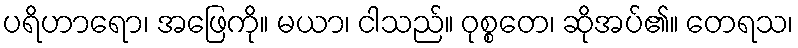
ပရိဟာရော၊ အဖြေကို။ မယာ၊ ငါသည်။ ဝုစ္စတေ၊ ဆိုအပ်၏။ တေရသ၊